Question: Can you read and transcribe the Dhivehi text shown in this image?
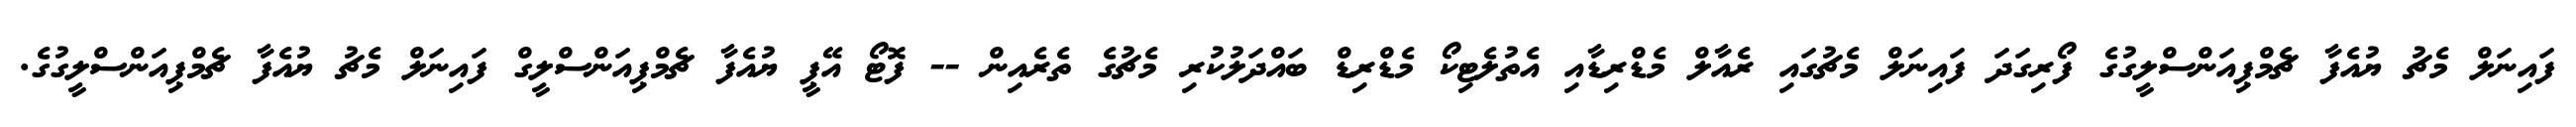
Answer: ފައިނަލް މެޗު ޔުއެފާ ޗެމްޕިއަންސްލީގުގެ ފޯރިގަދަ ފައިނަލް މެޗުގައި ރެއާލް މެޑްރިޑާއި އެތުލެޓިކޯ މެޑްރިޑް ބައްދަލުކުރި މެޗުގެ ތެރެއިން -- ފޮޓޯ އޭޕީ ޔުއެފާ ޗެމްޕިއަންސްލީގް ފައިނަލް މެޗު ޔުއެފާ ޗެމްޕިއަންސްލީގުގެ.